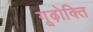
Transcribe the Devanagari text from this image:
गूढ़ोक्ति